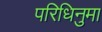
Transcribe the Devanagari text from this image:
परिधिनुमा